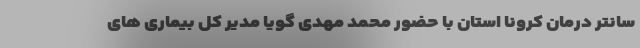
سانتر درمان کرونا استان با حضور محمد مهدی گویا مدیر کل بیماری های